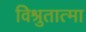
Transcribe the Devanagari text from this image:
विश्रुतात्मा